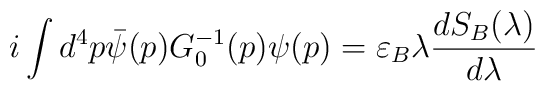
i\int d^4p\bar\psi(p) G_0^{-1}(p)\psi(p)=\varepsilon_B\lambda\frac{dS_B(\lambda)}{d\lambda}